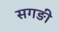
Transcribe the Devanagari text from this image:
सगङी